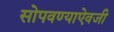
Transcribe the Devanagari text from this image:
सोपवण्याऐवजी